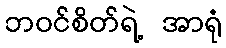
ဘဝင်စိတ်ရဲ့ အာရုံ